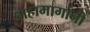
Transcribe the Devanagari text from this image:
महामार्गानी